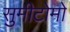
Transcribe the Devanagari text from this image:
सुमीटोमो